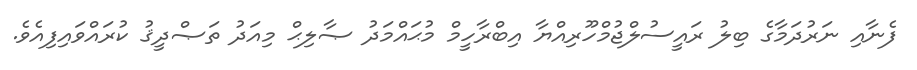
ފެނާއި ނަރުދަމާގެ ބިލު ރައީސުލްޖުމްހޫރިއްޔާ އިބްރާހީމް މުޙައްމަދު ޞާލިޙް މިއަދު ތަޞްދީޤު ކުރައްވައިފިއެވެ.